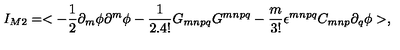
I _ { M 2 } = < - \frac { 1 } { 2 } \partial _ { m } \phi \partial ^ { m } \phi - \frac { 1 } { 2 . 4 ! } G _ { m n p q } G ^ { m n p q } - \frac { m } { 3 ! } \epsilon ^ { m n p q } C _ { m n p } \partial _ { q } \phi > ,